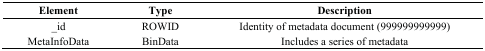
<table><thead><tr><td><b>Element</b></td><td><b>Type</b></td><td><b>Description</b></td></tr></thead><tbody><tr><td>_id</td><td>ROWID</td><td>Identity of metadata document (999999999999)</td></tr><tr><td>MetaInfoData</td><td>BinData</td><td>Includes a series of metadata</td></tr></tbody></table>